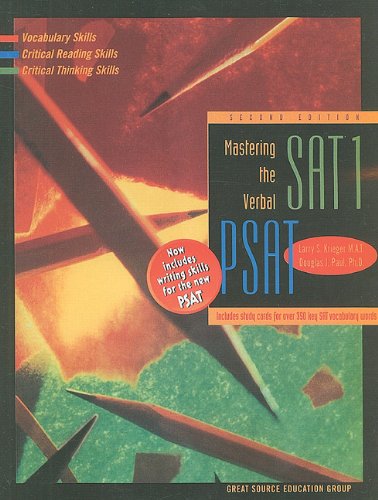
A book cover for Great Source Mastering Verbal SAT/PSAT: Student Edition; GREAT SOURCE; Test Preparation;